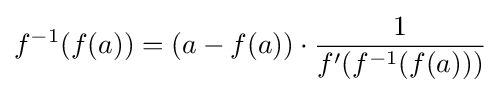
f^{-1}(f(a))=(a-f(a))\cdot {1 \over f'(f^{-1}(f(a)))}